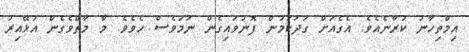
އިމްތިހާނު ކުރާނެއެވެ. އެގެއަށް ގަދަކަމުން ފޮނުވައިގެން ނަމަވެސް ހެވެވެ. މާ މާތްވެގެން އުޅޭއިރު